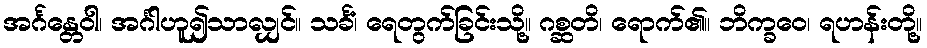
အင်္ဂန္တေဝါ၊ အင်္ဂါဟူ၍သာလျှင်။ သင်္ခံ၊ ရေတွက်ခြင်းသို့။ ဂစ္ဆတိ၊ ရောက်၏။ ဘိက္ခဝေ၊ ရဟန်းတို့။